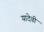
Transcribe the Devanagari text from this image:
यादेवी